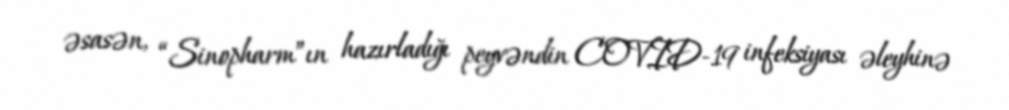
əsasən, “Sinopharm”ın hazırladığı peyvəndin COVID-19 infeksiyası əleyhinə